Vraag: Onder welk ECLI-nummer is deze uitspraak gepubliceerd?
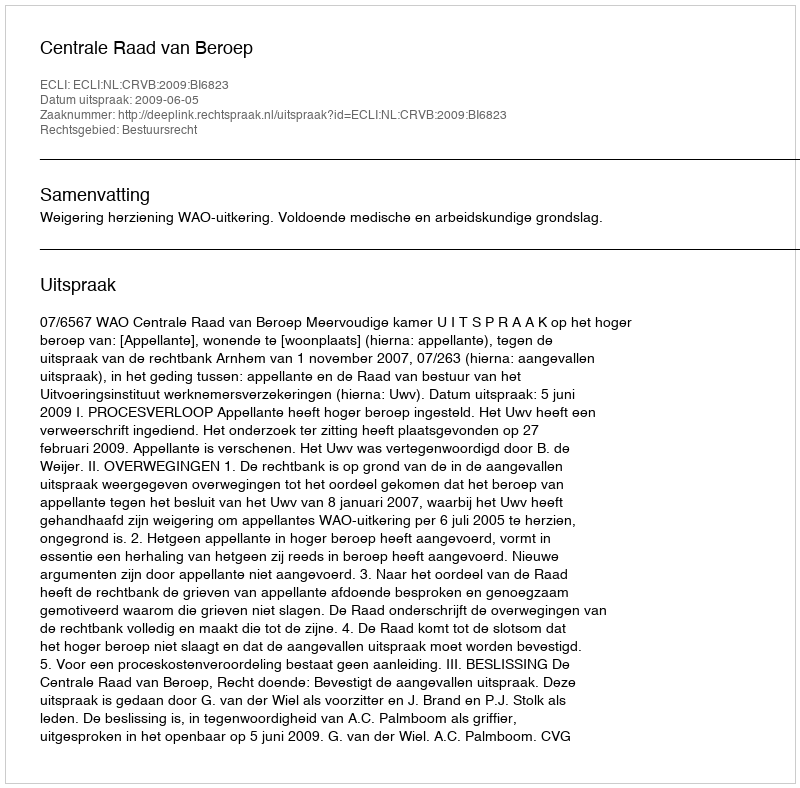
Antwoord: ECLI:NL:CRVB:2009:BI6823